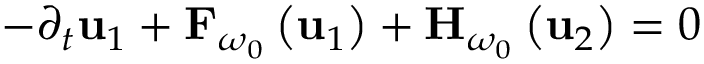
- \partial _ { t } \mathbf { u } _ { 1 } + { \bf F } _ { \omega _ { 0 } } \left( { \bf u } _ { 1 } \right) + { \bf H } _ { \omega _ { 0 } } \left( { \bf u } _ { 2 } \right) = 0